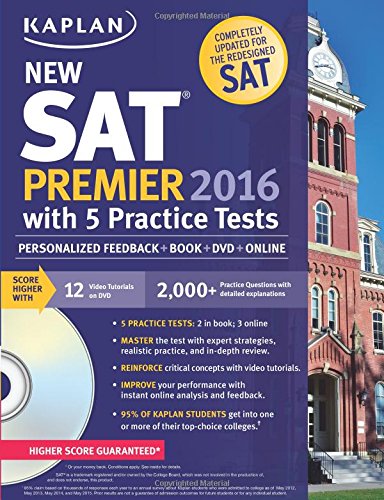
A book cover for Kaplan New SAT Premier 2016 with 5 Practice Tests: Personalized Feedback + Book + Online + DVD + Mobile (Kaplan Test Prep); Kaplan; Test Preparation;